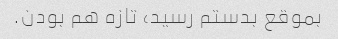
بموقع بدستم رسید، تازه هم بودن.